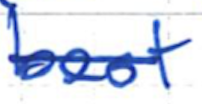
Text: best
Cross-out: single-line
Writing tool: ballpoint